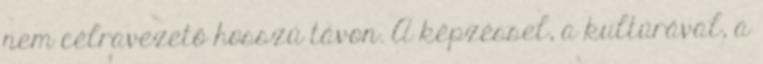
nem célravezető hosszú távon. A képzéssel, a kultúrával, a